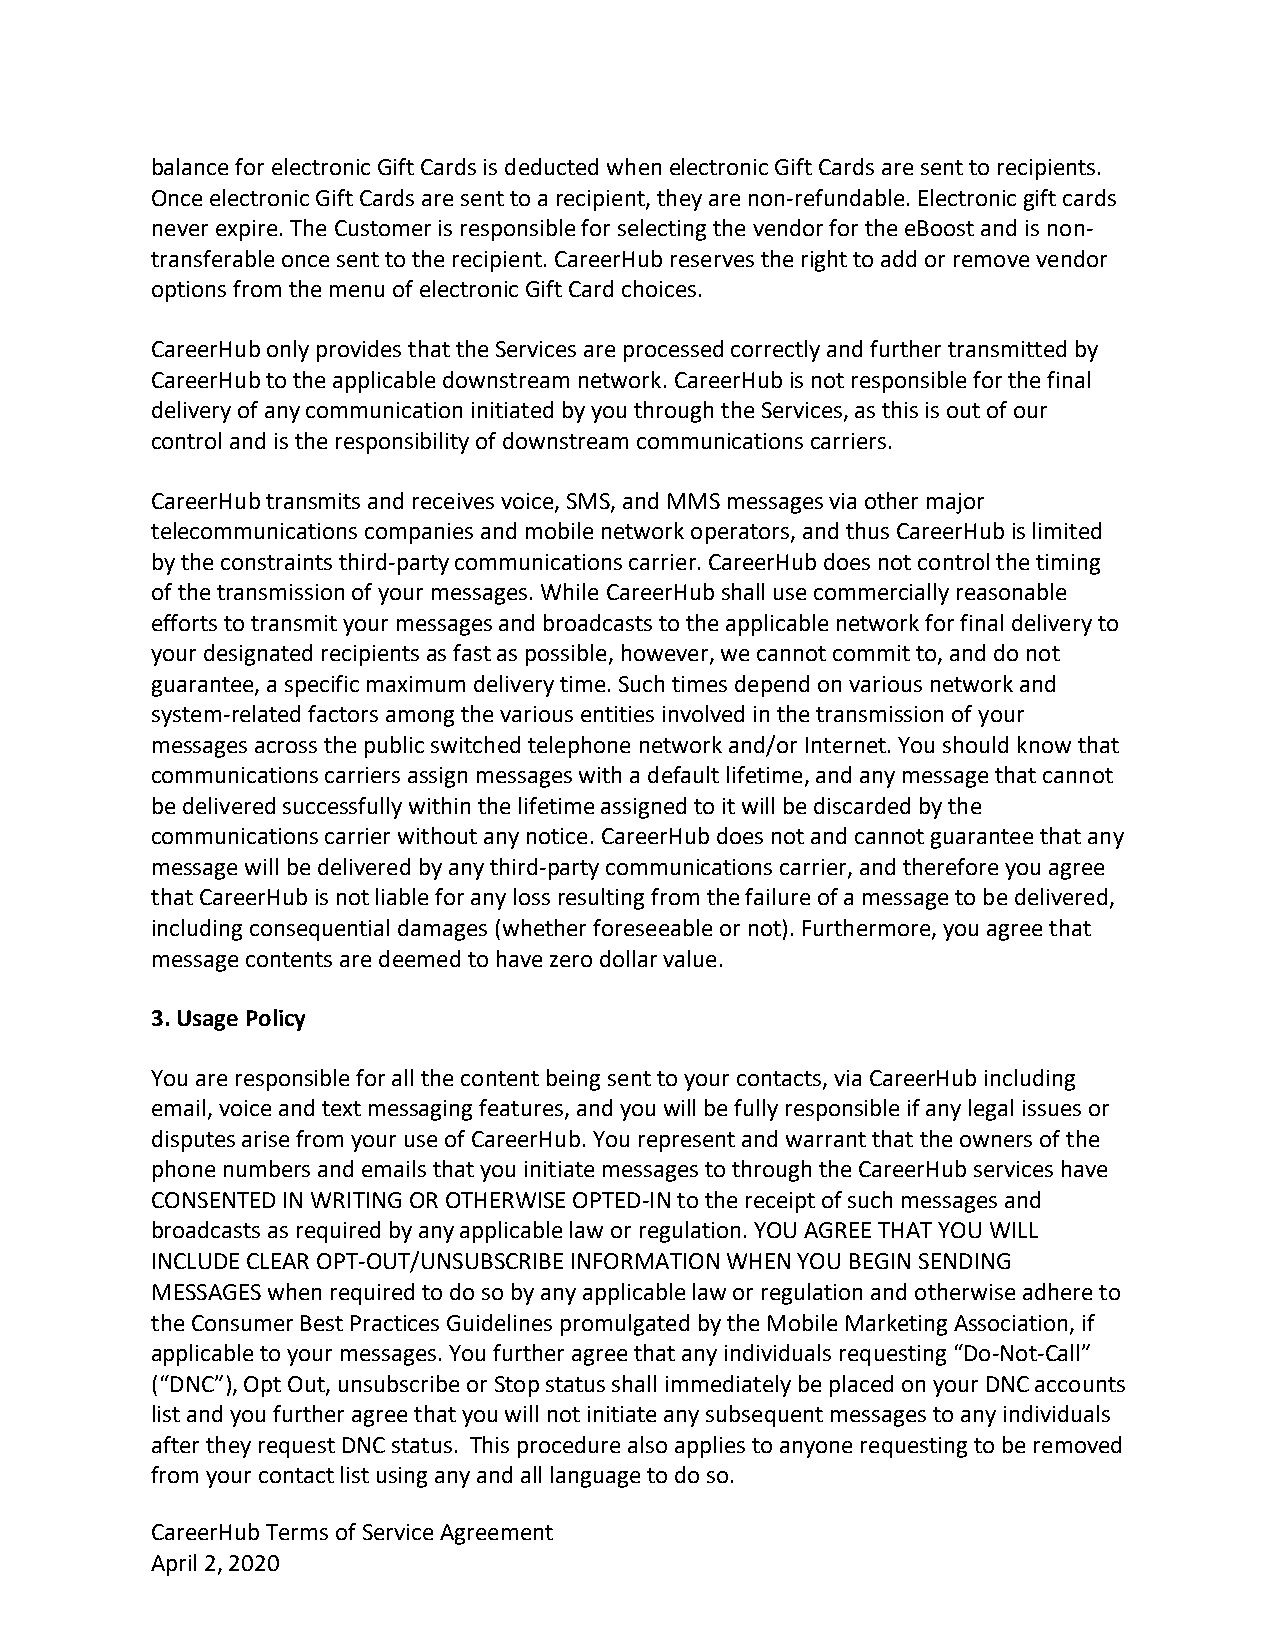
balance for electronic Gift Cards is deducted when electronic Gift Cards are sent to recipients.
 Once electronic Gift Cards are sent to a recipient, they are non-refundable. Electronic gift cards
 never expire. The Customer is responsible for selecting the vendor for the eBoost and is non-
 transferable once sent to the recipient. CareerHub reserves the right to add or remove vendor
 options from the menu of electronic Gift Card choices.
 CareerHub only provides that the Services are processed correctly and further transmitted by
 CareerHub to the applicable downstream network. CareerHub is not responsible for the final
 delivery of any communication initiated by you through the Services, as this is out of our
 control and is the responsibility of downstream communications carriers.
 CareerHub transmits and receives voice, SMS, and MMS messages via other major
 telecommunications companies and mobile network operators, and thus CareerHub is limited
 by the constraints third-party communications carrier. CareerHub does not control the timing
 of the transmission of your messages. While CareerHub shall use commercially reasonable
 efforts to transmit your messages and broadcasts to the applicable network for final delivery to
 your designated recipients as fast as possible, however, we cannot commit to, and do not
 guarantee, a specific maximum delivery time. Such times depend on various network and
 system-related factors among the various entities involved in the transmission of your
 messages across the public switched telephone network and/or Internet. You should know that
 communications carriers assign messages with a default lifetime, and any message that cannot
 be delivered successfully within the lifetime assigned to it will be discarded by the
 communications carrier without any notice. CareerHub does not and cannot guarantee that any
 message will be delivered by any third-party communications carrier, and therefore you agree
 that CareerHub is not liable for any loss resulting from the failure of a message to be delivered,
 including consequential damages (whether foreseeable or not). Furthermore, you agree that
 message contents are deemed to have zero dollar value.
 3. Usage Policy
 You are responsible for all the content being sent to your contacts, via CareerHub including
 email, voice and text messaging features, and you will be fully responsible if any legal issues or
 disputes arise from your use of CareerHub. You represent and warrant that the owners of the
 phone numbers and emails that you initiate messages to through the CareerHub services have
 CONSENTED IN WRITING OR OTHERWISE OPTED-IN to the receipt of such messages and
 broadcasts as required by any applicable law or regulation. YOU AGREE THAT YOU WILL
 INCLUDE CLEAR OPT-OUT/UNSUBSCRIBE INFORMATION WHEN YOU BEGIN SENDING
 MESSAGES when required to do so by any applicable law or regulation and otherwise adhere to
 the Consumer Best Practices Guidelines promulgated by the Mobile Marketing Association, if
 applicable to your messages. You further agree that any individuals requesting “Do-Not-Call”
 (“DNC”), Opt Out, unsubscribe or Stop status shall immediately be placed on your DNC accounts
 list and you further agree that you will not initiate any subsequent messages to any individuals
 after they request DNC status. This procedure also applies to anyone requesting to be removed
 from your contact list using any and all language to do so.
 CareerHub Terms of Service Agreement                            3
 April 2, 2020